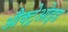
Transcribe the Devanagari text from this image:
औक्ट्रेओइड